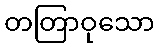
တတြာဝုသော